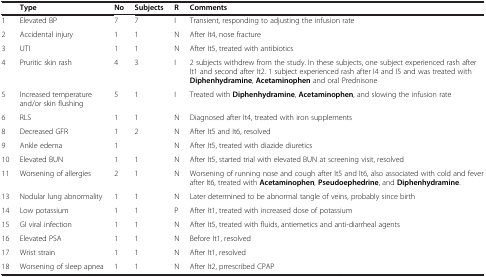
|  | Type | No | Subjects | R | Comments |
 | --- | --- | --- | --- | --- | --- |
 | 1 | Elevated BP | 7 | 7 | I | Transient, responding to adjusting the infusion rate |
 | 2 | Accidental injury | 1 | 1 | N | After It4, nose fracture |
 | 3 | UTI | 1 | 1 | N | After It5, treated with antibiotics |
 | 4 | Pruritic skin rash | 4 | 3 | I | 2 subjects withdrew from the study. In these subjects, one subject experienced rash after It1 and second after It2. 1 subject experienced rash after I4 and I5 and was treated with Diphenhydramine, Acetaminophen and oral Prednisone |
 | 5 | Increased temperature and/or skin flushing | 5 | 1 | I | Treated with Diphenhydramine, Acetaminophen, and slowing the infusion rate |
 | 6 | RLS | 1 | 1 | N | Diagnosed after It4, treated with iron supplements |
 | 8 | Decreased GFR | 1 | 2 | N | After It5 and It6, resolved |
 | 9 | Ankle edema | 1 |  | N | After It5, treated with diazide diuretics |
 | 10 | Elevated BUN | 1 | 1 | N | After It5, started trial with elevated BUN at screening visit, resolved |
 | 11 | Worsening of allergies | 2 | 1 | N | Worsening of running nose and cough after It5 and It6, also associated with cold and fever after It6, treated with Acetaminophen, Pseudoephedrine, and Diphenhydramine. |
 | 13 | Nodular lung abnormality | 1 | 1 | N | Later determined to be abnormal tangle of veins, probably since birth |
 | 14 | Low potassium | 1 | 1 | P | After It1, treated with increased dose of potassium |
 | 15 | GI viral infection | 1 | 1 | N | After It5, treated with fluids, antiemetics and anti-diarrheal agents |
 | 16 | Elevated PSA | 1 | 1 | N | Before It1, resolved |
 | 17 | Wrist strain | 1 | 1 | N | After It1, resolved |
 | 18 | Worsening of sleep apnea | 1 | 1 | N | After It2, prrescribed CPAP |